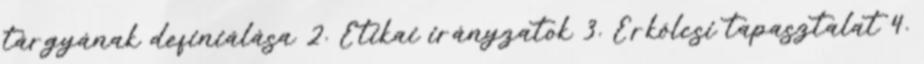
tárgyának definiálása 2. Etikai irányzatok 3. Erkölcsi tapasztalat 4.